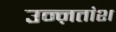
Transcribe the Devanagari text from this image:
उन्ऩतांश